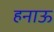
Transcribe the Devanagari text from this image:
हनाऊ